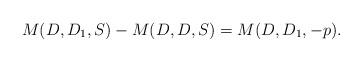
LaTeX: \begin{align*} M(D,D_1,S) - M(D,D,S) = M(D,D_1,-p). \end{align*}